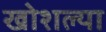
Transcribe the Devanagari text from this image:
खोशल्या